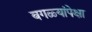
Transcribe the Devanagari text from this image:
बगळ्यांपेक्षा